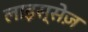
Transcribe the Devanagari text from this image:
लाइस्सेज़